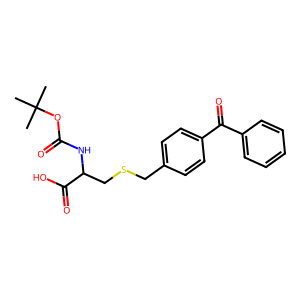
SMILES: CC(C)(C)OC(=O)NC(CSCc1ccc(C(=O)c2ccccc2)cc1)C(=O)O
Inhibits HIV replication: No